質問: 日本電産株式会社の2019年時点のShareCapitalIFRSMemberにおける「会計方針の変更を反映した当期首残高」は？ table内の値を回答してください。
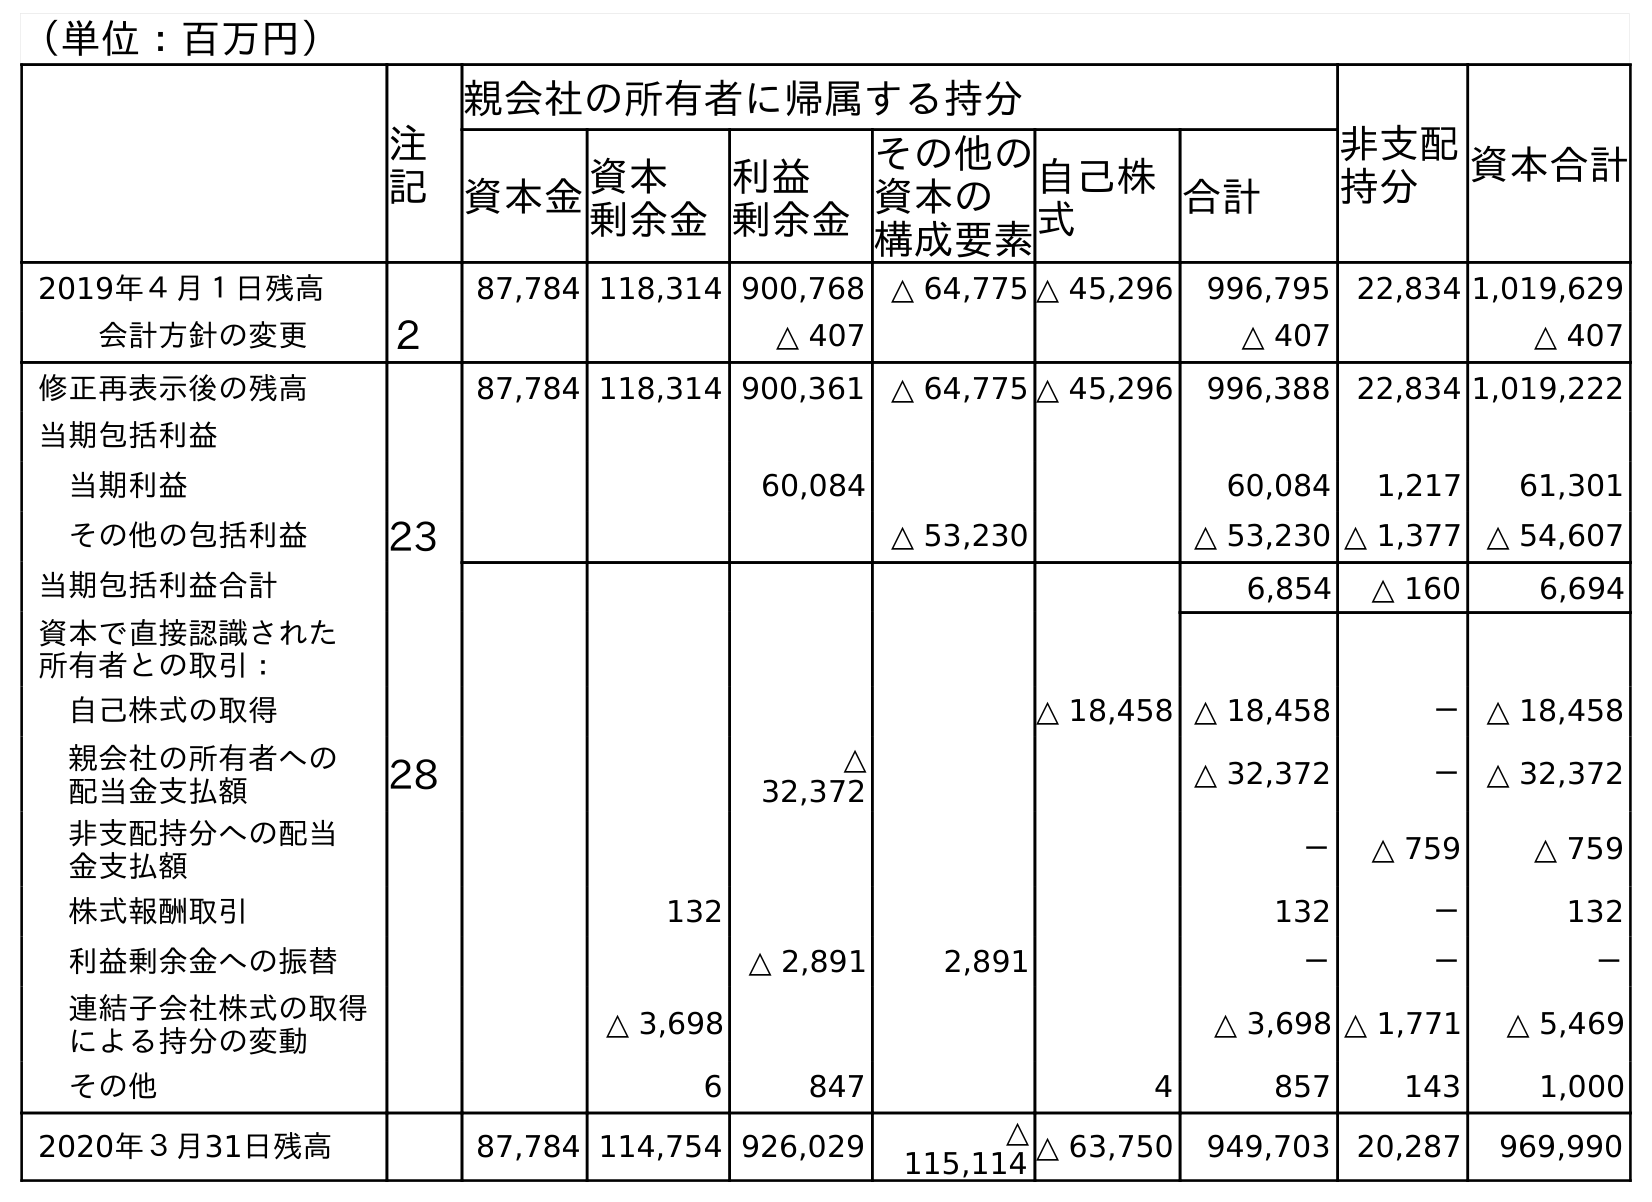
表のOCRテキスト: （単位：百万円） 注 記 親会社の所有者に帰属する持分 非支配 持分 資本合計 資本金資本 剰余金 利益 剰余金 その他の 資本の 構成要素 自己株 式 合計 2019年４月１日残高 87,784 118,314 900,768 △ 64,775 △ 45,296 996,795 22,834 1,019,629 会計方針の変更 ２ △ 407 △ 407 △ 407 修正再表示後の残高 87,784 118,314 900,361 △ 64,775 △ 45,296 996,388 22,834 1,019,222 当期包括利益 当期利益 60,084 60,084 1,217 61,301 その他の包括利益 23 △ 53,230 △ 53,230 △ 1,377 △ 54,607 当期包括利益合計 6,854 △ 160 6,694 資本で直接認識された 所有者との取引： 自己株式の取得 △ 18,458 △ 18,458 － △ 18,458 親会社の所有者への 配当金支払額 28 △ 32,372 △ 32,372 － △ 32,372 非支配持分への配当 金支払額 － △ 759 △ 759 株式報酬取引 132 132 － 132 利益剰余金への振替 △ 2,891 2,891 － － － 連結子会社株式の取得 による持分の変動 △ 3,698 △ 3,698 △ 1,771 △ 5,469 その他 6 847 4 857 143 1,000 2020年３月31日残高 87,784 114,754 926,029 △ 115,114 △ 63,750 949,703 20,287 969,990
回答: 87,784